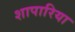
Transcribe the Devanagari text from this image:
शापारिया